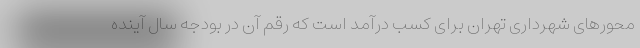
محورهای شهرداری تهران برای کسب درآمد است که رقم آن در بودجه سال آینده